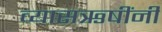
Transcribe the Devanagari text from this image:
व्यासऋषींनी